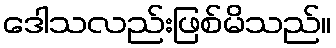
ဒေါသလည်းဖြစ်မိသည်။